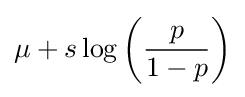
\mu +s\log \left({\frac {p}{1-p}}\right)